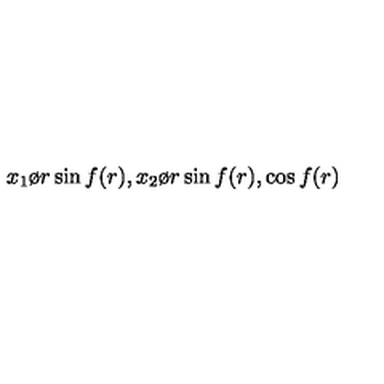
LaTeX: { x _ { 1 } \o r } \sin f ( r ) , { x _ { 2 } \o r } \sin f ( r ) , \cos f ( r )